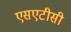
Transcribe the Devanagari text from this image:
एसएटीसी